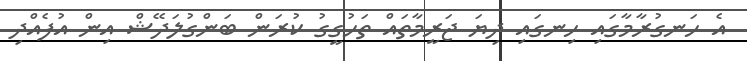
އެ ހަނގުރާމާގައި ހިނގައި ދިޔަ ޖަރީމާތައް ތަހުގީގު ކުރަން ބަންގުލަދޭޝް އިން އުފެއްދި